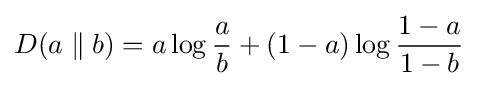
D(a\parallel b)=a\log {\frac {a}{b}}+(1-a)\log {\frac {1-a}{1-b}}